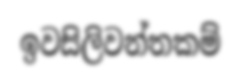
ඉවසිලිවන්තකම්